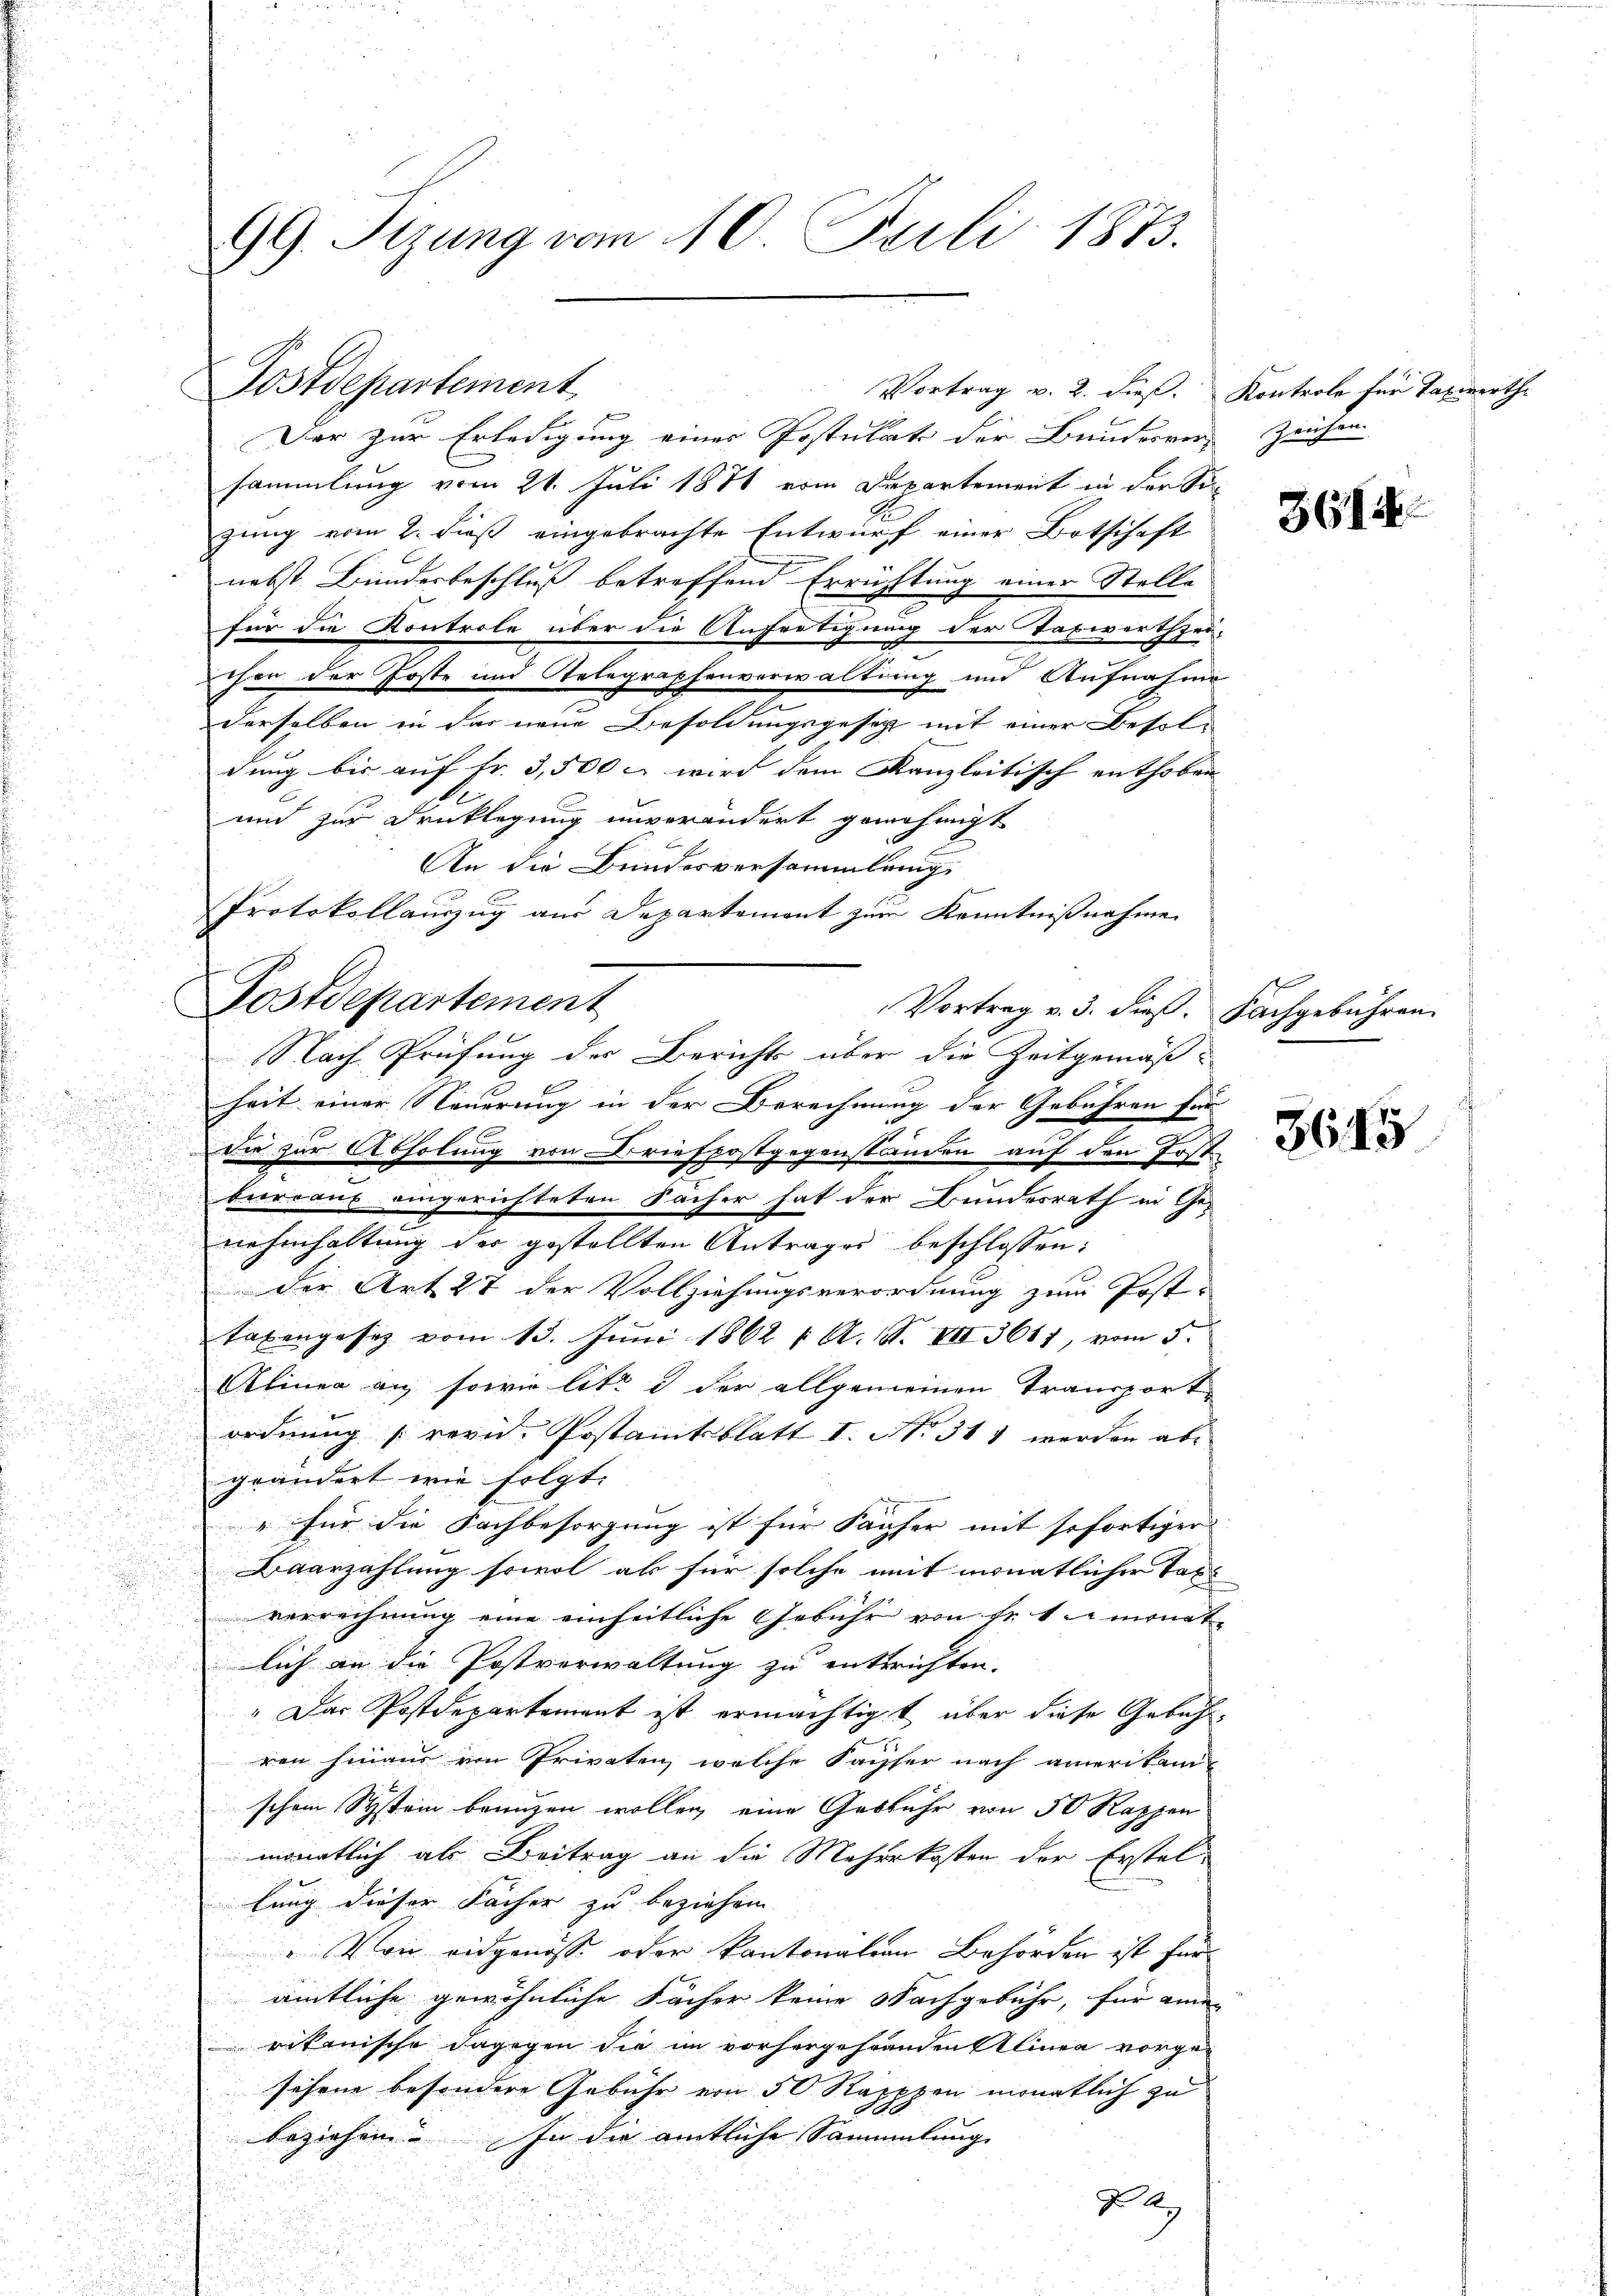
99. Sizung vom 10. Juli 1873.

Der zur Erledigung einer Postulat der Bunderren Zeichen
sammlung vom 21. Juli 1871 vom Departement in der Sic
zung vom 2. dieß eingebrachte Entwurf einer Botschaft
nebst Bundesbeschluß betreffend Errichtung einer Stelle
für die Kontrole über die Anfertigung der Taxwerthprä-
chen der Poste und Telegraphenverwaltung und Aufnahme
derselben in das neue Besoldungsgesetz mit einer Besoldung bis auf Fr. 3,500 u. wird dem Kanzleitisch enthoben
und zur Drucklegung unverändert genehmigt
An die Bundesversammlung
Protokollauszug aus Departement zum Kenntnißnahme
Vortrag v. 3. dieß. Fachgebühren.
heit einer Neuerung in der Berechnung der Gebühren für
Die zur Abholung von Briefpostgegenständen auf den Erst
bureaux eingerichteten Sacher hat der Bundesrath in Genahmhaltung der gestellten Antrages beschlossen:
der Art. 27 der Vollziehungsverordnung zum Post-
taxengesez vom 13. Juni 1862 1. A. S. VII 3611, vom 5.
Alinea an sowie lit. d der allgemeinen Transport
ordnung revid. Postamtsblatt I. N. 311 werden abe
geändert wie folgt.
" für die Fachbesorgung ist für Fäufer mit sofortiger
Baarzahlung sowol als für solche mit monatlicher Taxe
verrechnung eine einheitliche Gebühr von Fr. 1 monat
lich an die Postverwaltung zu entsrichten.
" Das Postdepartement ist ermächtigt, über diese Gebahren hinaus von Privaten, welche Sacher nach amerikani-
schen Systein brunzen wollen, eine Gestühr von 50 Rappen
monatlich als Beitrag an die Mehrkosten der Erstel-
lung dieser Fächer zu beziehen
„Von eidgenoss oder kantonalien Behörden ist für
amtliche gewöhnliche Sacher keine Nachgebühr, für eine
rikanische dagegen die im vorhergestanden Alinea vorgefehrne besondere Gebühr von 50 Rapppen monatlich zu
beziehen. In die amtliche Sammlung
A

Postdepartement

Postdepartement

NNach Prüfung der Berichts über die Zeitgemäß

Vortrag v. 2. dieß. Kontrole für Taxwerthe

3614

5645